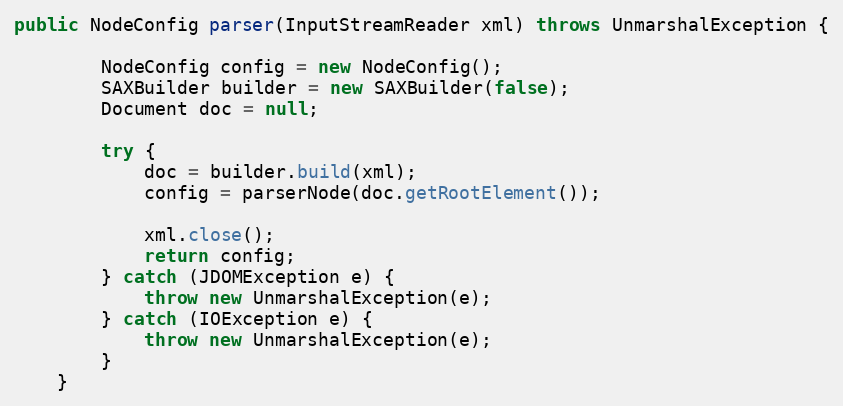
Language: Java
public NodeConfig parser(InputStreamReader xml) throws UnmarshalException {

		NodeConfig config = new NodeConfig();
		SAXBuilder builder = new SAXBuilder(false);
		Document doc = null;

		try {
			doc = builder.build(xml);
			config = parserNode(doc.getRootElement());

			xml.close();
			return config;
		} catch (JDOMException e) {
			throw new UnmarshalException(e);
		} catch (IOException e) {
			throw new UnmarshalException(e);
		}
	}